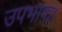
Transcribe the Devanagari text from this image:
उपभाषा।